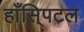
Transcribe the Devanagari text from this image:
हाँसि्पटल